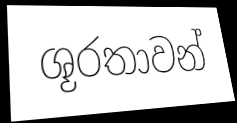
ශූරතාවන්